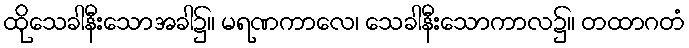
ထိုသေခါနီးသောအခါ၌။ မရဏကာလေ၊ သေခါနီးသောကာလ၌။ တထာဂတံ